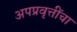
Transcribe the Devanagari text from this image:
अपप्रवृत्तींचा